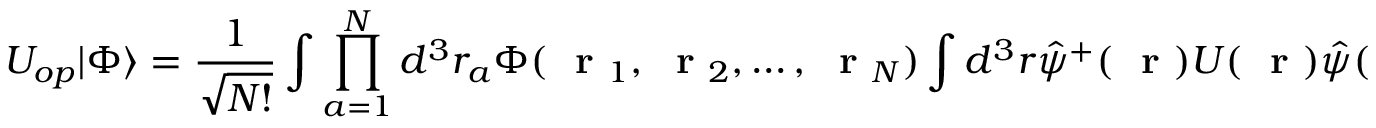
U _ { o p } | \Phi \rangle = \frac { 1 } { \sqrt { N ! } } \int \prod _ { a = 1 } ^ { N } d ^ { 3 } r _ { a } \Phi ( \mathrm { ~ \bf ~ r ~ } _ { 1 } , \mathrm { ~ \bf ~ r ~ } _ { 2 } , \dots , \mathrm { ~ \bf ~ r ~ } _ { N } ) \int d ^ { 3 } r \hat { \psi } ^ { + } ( \mathrm { ~ \bf ~ r ~ } ) U ( \mathrm { ~ \bf ~ r ~ } ) \hat { \psi } ( \mathrm { ~ \bf ~ r ~ } ) \; \prod _ { a = 1 } ^ { N } \hat { \psi } ^ { + } ( \mathrm { ~ \bf ~ r ~ } _ { a } ) | 0 \rangle